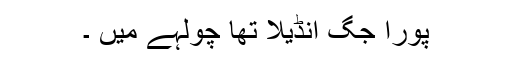
پورا جگ انڈیلا تھا چولہے میں ۔